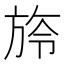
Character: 旍